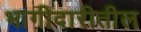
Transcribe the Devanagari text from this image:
भागीदारीतील